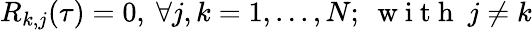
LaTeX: R_{k,j}(\tau)=0,~\forall j,k=1,...,N;~\mathrm{~w~i~t~h~}~j\neq k